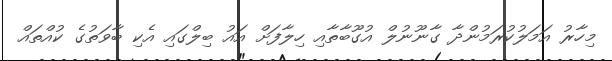
މިހާރު އަމަލުކުރަމުންދާ ގާނޫނުލް އުގޫބާތާއި ހިލާފަށް އައު ބިލްގައި އެކި ބާވަތުގެ ކުއްތައް